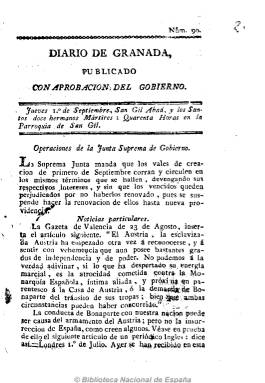
Título: Diario de Granada (Granada. 1808)
Otros títulos: Diario de Granada publicado con aprobación del Gobierno
Colección: Periódicos anteriores a 1850
Ámbito geográfico: Granada
Lugar de publicación: Granada
Fechas: 01/09/1808-08/12/1808

Comienza a publicarse el cuatro de junio de 1808 y se atribuye su fundación a Francisco Martínez de la Rosa. Bajo su cabecera se indica que está “publicado con aprobación del Gobierno”, que no es otro que la Junta Suprema de Granada, que se había constituido tres días antes y que es considerada como la editora responsable. Aunque aparece sin pie de imprenta, salió de la de Francisco Gómez Espinosa de los Monteros, hasta el 26 de enero de 1810, dos días antes de la entrada de las tropas francesas en la ciudad, que, en sustitución de esta cabecera, editarán a partir de febrero de este año Gazeta del gobierno de Granada, hasta su abandono de esta plaza, el 16 de septiembre de 1812.

Esta época del diario tendrá un marcado carácter patriótico y liberal. Impreso en números de cuatro páginas, comienza con el santoral y le sigue la sección “Operaciones de la Junta del Gobierno”, que incluye sus comunicados, proclamas, correspondencia, ordenes de reclutamiento y organización militar, lista de donativos que servían para financiar la guerra o los pactos federativos con otras juntas provinciales, al haber declarado la de Granada a su reino como estado independiente. Sus contenidos se estructuran asimismo en secciones de noticias “particulares”, del “extranjero” o del “reyno”, que incluyen extractos de otros periódicos, cartas, etc., sobre el devenir de la guerra napoleónica tanto en España como en el resto de Europa. En su sección “notas” ofrece breves noticias locales (pérdidas, hallazgos, ventas, etc.). Asimismo publica artículos y composiciones poéticas de marcado carácter patriótico.

Editó también suplementos y números extraordinarios bajo el título Diario extraordinario de Granada, estos generalmente de una hoja, que a modo de pasquín podían ser colocados en muros callejeros. En 1810 comienza una nueva numeración y, en total, editó 602 números.